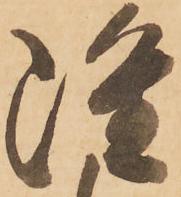
雖